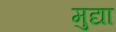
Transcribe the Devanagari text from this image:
मुद्या